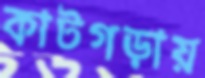
কাটগড়ায়